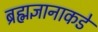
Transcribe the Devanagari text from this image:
ब्रह्मज्ञानाकडे